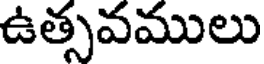
ఉత్సవములు